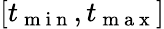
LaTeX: [t_{\mathrm{~m~i~n~}},t_{\mathrm{~m~a~x~}}]